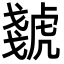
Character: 虦